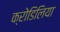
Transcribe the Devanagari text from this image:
क्रोडिलिया